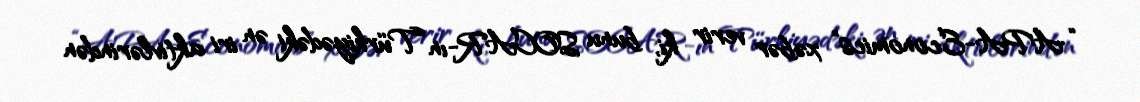
“APA-Economics” xəbər verir ki, bunu SOCAR-ın Türkiyədəki ən iri aktivlərindən